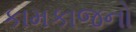
કામકાજનો